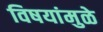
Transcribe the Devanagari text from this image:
विषयांमुळे